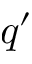
q ^ { \prime }